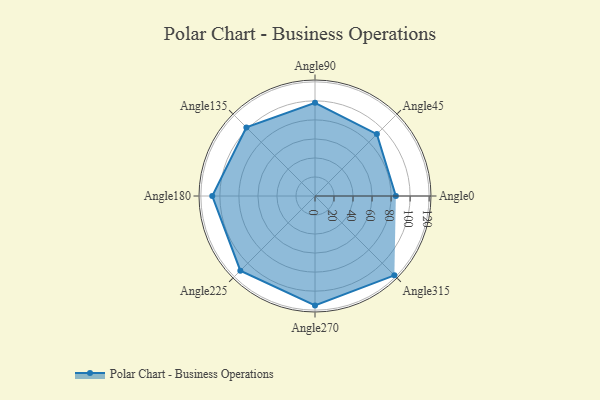
{"axis": {"x": "Angle", "y": "Radius"}, "legend": [""], "data": [{"x": "Angle0", "y": 85.0, "type": ""}, {"x": "Angle45", "y": 92.0, "type": ""}, {"x": "Angle90", "y": 98.0, "type": ""}, {"x": "Angle135", "y": 102.0, "type": ""}, {"x": "Angle180", "y": 108.0, "type": ""}, {"x": "Angle225", "y": 111.0, "type": ""}, {"x": "Angle270", "y": 115.0, "type": ""}, {"x": "Angle315", "y": 118.0, "type": ""}]}